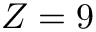
Z = 9